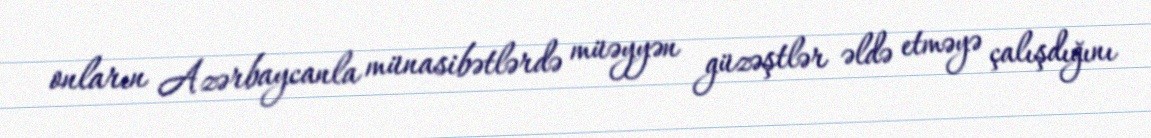
onların Azərbaycanla münasibətlərdə müəyyən güzəştlər əldə etməyə çalışdığını